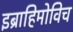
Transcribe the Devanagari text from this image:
इब्राहिमोविच